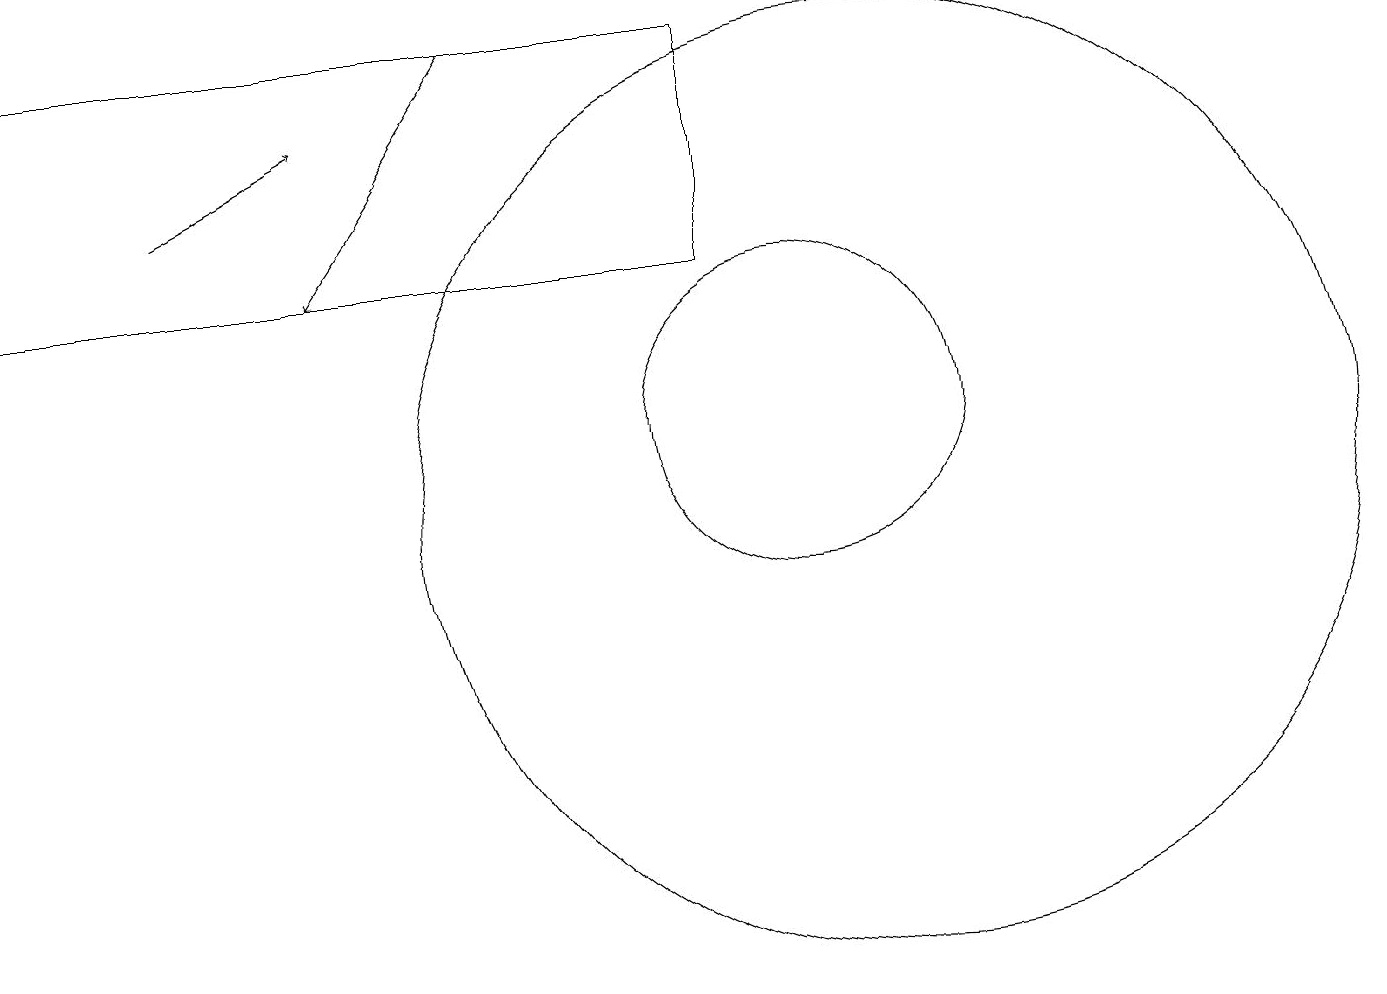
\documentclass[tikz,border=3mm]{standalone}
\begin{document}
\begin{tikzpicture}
\draw (11,10) circle (6);
\draw (10,11) circle (2);
\draw[->] (2,14) -- (4,15);
\draw[->] (6,16) -- (4,13);
\draw (0,13) rectangle (9,16);
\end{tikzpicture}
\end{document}